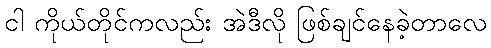
ငါ ကိုယ်တိုင်ကလည်း အဲဒီလို ဖြစ်ချင်နေခဲ့တာလေ